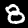
Digit: 8